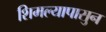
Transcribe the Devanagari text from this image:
शिमल्यापासुन